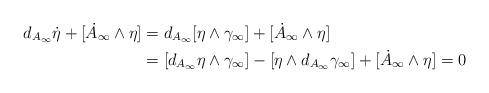
LaTeX: \begin{align*}d_{A_\infty} \dot \eta + [ \dot A_\infty \wedge \eta] &= d_{A_\infty} [ \eta \wedge \gamma_\infty] + [\dot A_\infty \wedge \eta ]\\&= [d_{A_\infty} \eta \wedge \gamma_\infty ] - [ \eta \wedge d_{A_\infty}\gamma_\infty] + [\dot A_\infty \wedge \eta] = 0\end{align*}